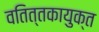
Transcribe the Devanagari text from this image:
वतित्तकायुक्त